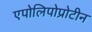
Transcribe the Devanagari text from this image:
एपोलिपोप्रोटीन